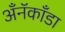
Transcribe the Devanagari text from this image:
अँनॅकाँडा